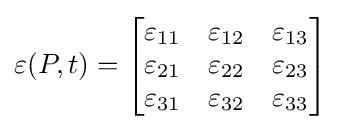
\varepsilon (P,t)={\begin{bmatrix}\varepsilon _{11}&\varepsilon _{12}&\varepsilon _{13}\\\varepsilon _{21}&\varepsilon _{22}&\varepsilon _{23}\\\varepsilon _{31}&\varepsilon _{32}&\varepsilon _{33}\end{bmatrix}}